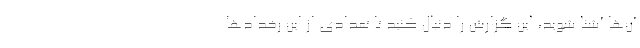
آن‌ها آشنا شوید، این گزارش را دنبال کنید تا تعدادی از این رخداد‌ها